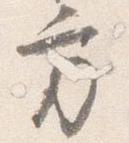
方